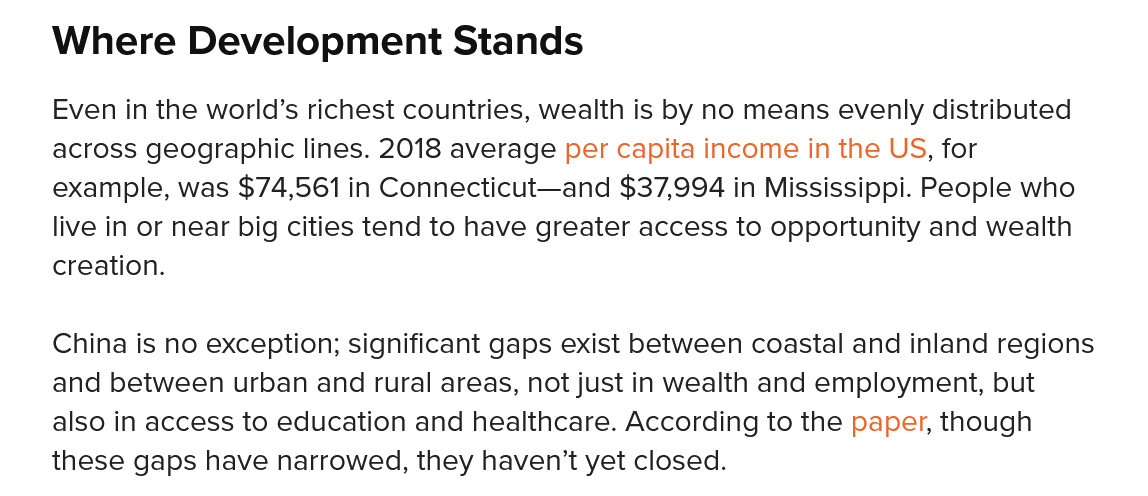
Where    Development    Stands
    Even in the world’s richest countries, wealth is by no means evenly distributed
    across geographic lines. 2018 average per capita income in the US, for
    example, was $74,561 in Connecticut—and $37,994 in Mississippi. People who
    live in or near big cities tend to have greater access to opportunity and wealth
    creation.
    China is no exception; significant gaps exist between coastal and inland regions
    and between urban and rural areas, not just in wealth and employment, but
    also in access to education and healthcare. According to the paper, though
    these gaps have narrowed, they haven't yet closed.